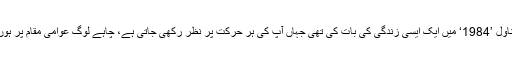
مثلاً جارج اوروِل نے اپنے شہرہ آفاق ناول ’1984‘ میں ایک ایسی زندگی کی بات کی تھی جہاں آپ کی ہر حرکت پر نظر رکھی جاتی ہے، چاہے لوگ عوامی مقام پر ہوں یا آپ اپنے گھر کے اندر بیٹھے ہوں۔